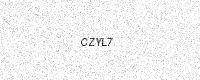
Text: CZYL7